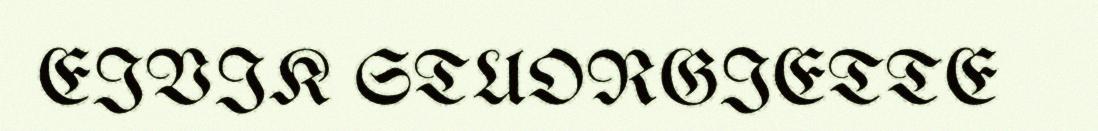
EIVIK STUORGIETTE